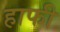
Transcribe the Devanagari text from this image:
हाफी